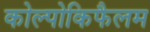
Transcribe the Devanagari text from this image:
कोल्पोकिफैलम